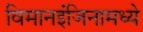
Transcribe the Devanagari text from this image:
विमानइंजिनामध्ये